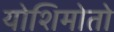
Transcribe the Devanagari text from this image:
योशिमोतो